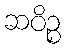
ဆဝိဉ္စ